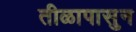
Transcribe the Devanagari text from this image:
तीळापासुन